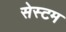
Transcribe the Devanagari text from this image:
सेस्टम